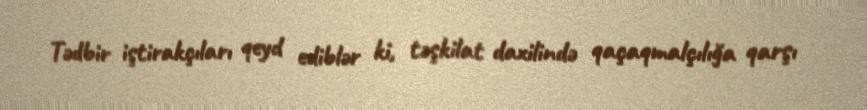
Tədbir iştirakçıları qeyd ediblər ki, təşkilat daxilində qaçaqmalçılığa qarşı